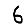
Digit: 6